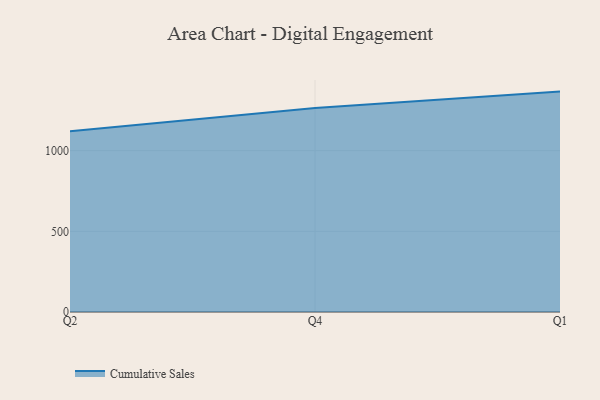
{"axis": {"x": "Quarter", "y": "Tickets Resolved"}, "legend": ["Cumulative Sales"], "data": [{"x": "Q2", "y": 1120.7, "type": "Cumulative Sales"}, {"x": "Q4", "y": 1264.0, "type": "Cumulative Sales"}, {"x": "Q1", "y": 1366.2, "type": "Cumulative Sales"}]}